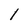
Character: l